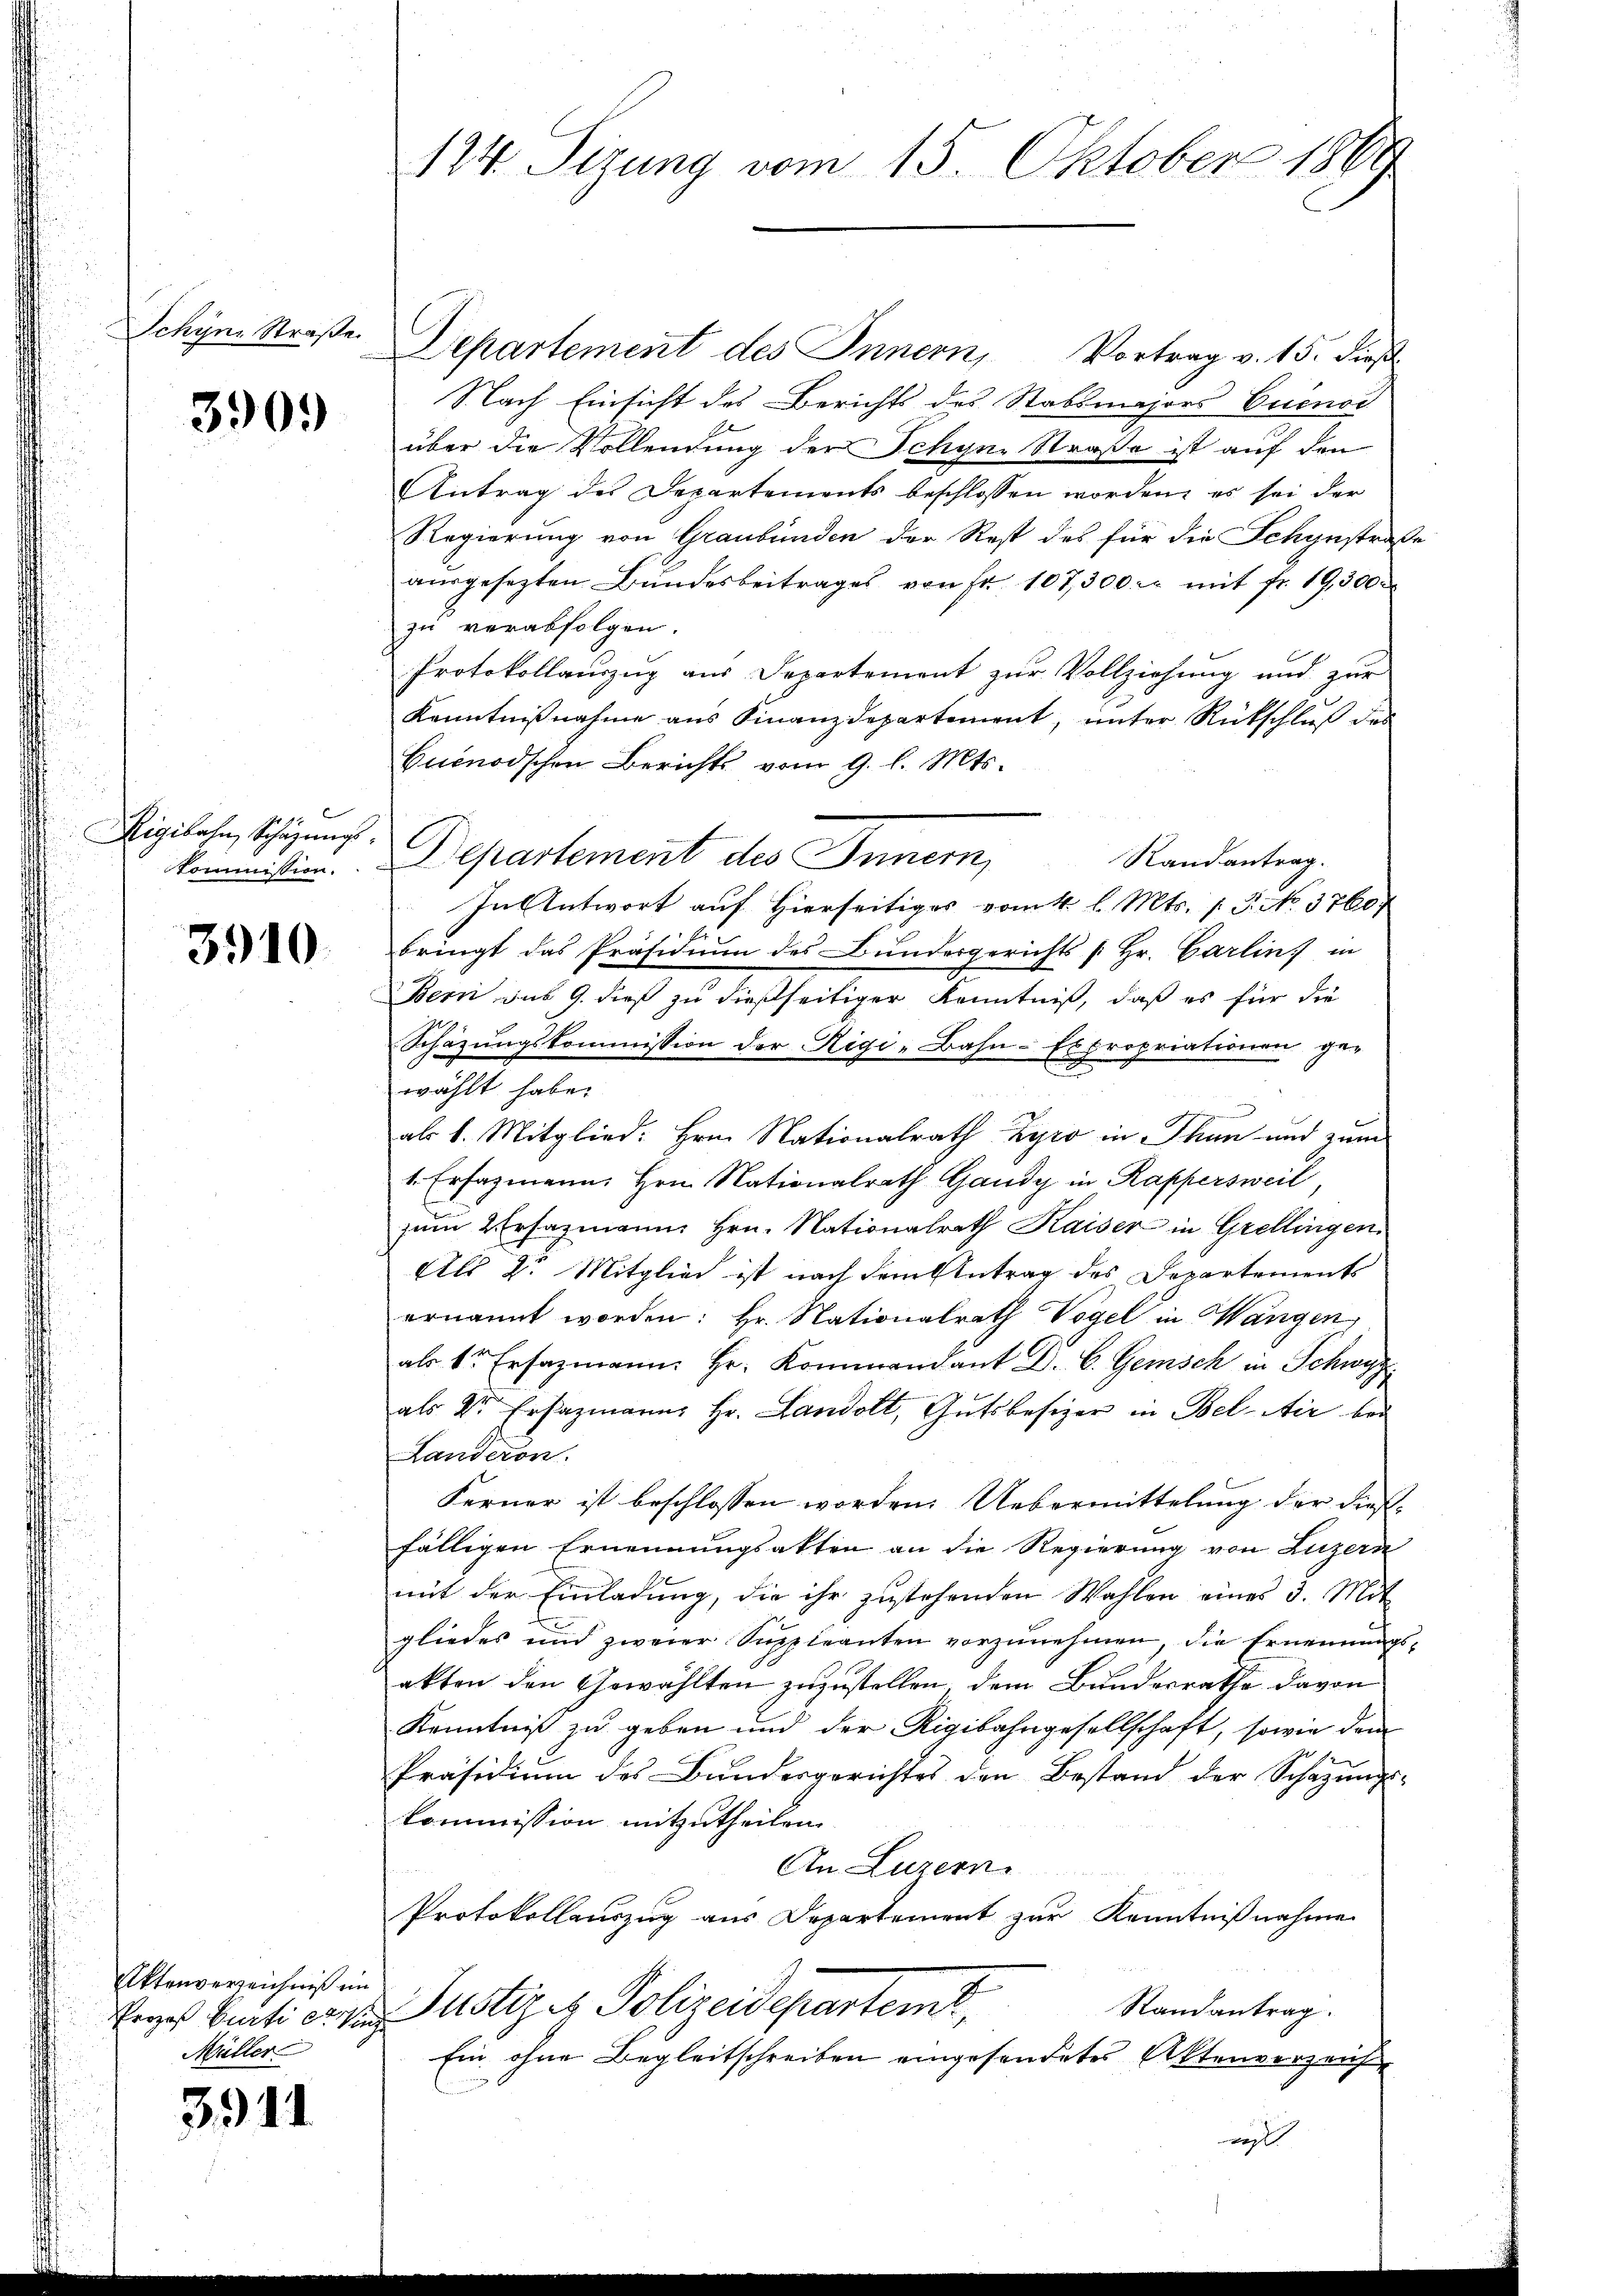
.
b
ini Straße.

909)
2

291
 Schazungs
kon

10

Aktenverzeichniß im
Müller

3911

Departement des Innern, Vortrag v. 15. dieβ.
Nach Einsicht des Berichts des Stabsmajors Buenos
über die Vollendung der Schyne Straße ist auf den
Antrag des Departements beschlossen worden, es sei der
Regierung von Graubünden der Rest des für die Schynstraße
aŭsgesezten Bundesbeitrages von Fr. 107,300 er mit fr. 19,300
zu verabfolgen.
Protokollauszug aus Departement zur Vollziehung und zur
Kenntnißnahme aus Finanzdepartement, unter Rückschluß des
Quenodschen Berichts vom 9. l. Mts.
Randantrag.
mission. Departement des Innern,
In Antwort auf Hierseitiges vom 4. l. Mts. f. P. No. 3760.
bringt das Präsidium des Bundesgerichts [Hr. Carlin in
Bern sub 9. dieß zu dießseitiger Kenntniß, daß es für die
Schäzŭngskommission der Rigi-Bahn-Expropriationen ge-
wählt habe.
als 1. Mitglied: Hrn. Nationalrath Zyro in Thun und zum
1. Erfagmann Hrn. Nationalrath Gandy in Rappersweil
zum Ersazmann Hrn. Nationalrath Kaiser in Grellingen.
Als 2. Mitglied ist nach dem Antrag des Departements
ernannt worden: Hr. Nationalrath Vogel in Wangen,
als der Ersazmann. Hr. Kommandant Dr. C. Gemisch in Schwyz
als Dr. Ersazmann, Hr. Landolt, Gutsbesizer in Bel-Air bei
Landeron
Ferner ist beschlossen worden. Uebermittelung der dießfälligen Ernennungsakten an die Regierung von Luzern
mit der Einladung, die ihr zustehenden Wahlen eines 3. Mit
gliedes und zweier Suppleanten vorzunehmen, die Ernennungsakten den Gewählten zuzustellen, dem Bunderrathe davon
Kenntniß zu geben und der Rigibahngesellschaft, sowie dem
Präsidium des Bundesgerichtes den Bestand der Schazungs-
Kommission mitzutheilen.
An Luzern
Protokollauszug aus Departement zur Kenntnißnahme
Randantrag.
Eines Curti eine Justiz & Polizeideparteme,
Ein ohne Begleitschreiben eingesendetes Aktenverzeich
wes

124. Sizung vom 15. Oktober 1869